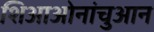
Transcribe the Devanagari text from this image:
शिआओनांचुआन